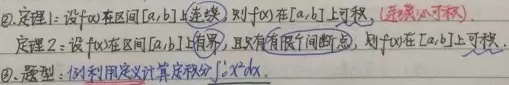
\textcircled{2}. 定理1：设\(f(x)\)在区间\([a,b]\)上连续，则\(f(x)\)在\([a,b]\)上可积，(原函数可积)。
定理2：设\(f(x)\)在区间\([a,b]\)上有界，且只有有限个间断点，则\(f(x)\)在\([a,b]\)上可积。
\textcircled{3}. 题型： 利用定义计算定积分\(\int_{a}^{b}x\mathrm{d}x\)。